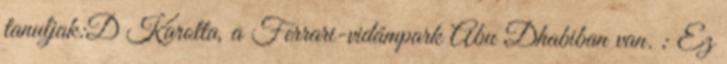
tanuljak:D Karotta, a Ferrari-vidámpark Abu Dhabiban van. ; Ez